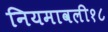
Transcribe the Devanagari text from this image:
नियमावली१८